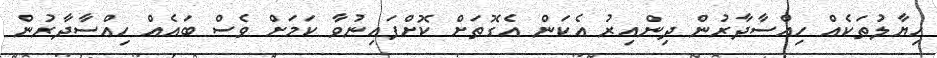
ހިޔާލުތަކެއް ހިއްސާދާރުން ދިންއިރު އެކަން އެގޮތަށް ކޮށްފައިނުވާ ކަމަށް ވެސް ބައެއް ހިއްސާދާރުން